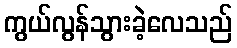
ကွယ်လွန်သွားခဲ့လေသည်